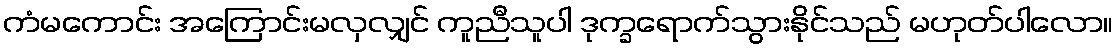
ကံမကောင်း အကြောင်းမလှလျှင် ကူညီသူပါ ဒုက္ခရောက်သွားနိုင်သည် မဟုတ်ပါလော။